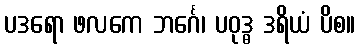
ပဒရော ဖလကေ ဘင်္ဂေ၊ ပဝုဒ္ဓ ဒရိယံ ပိစ။